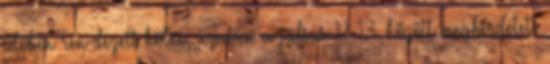
időben ren-dezett kölni, azután a július 11-13. között meghirdetett